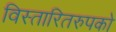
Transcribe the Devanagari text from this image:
विस्तारितरुपको